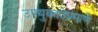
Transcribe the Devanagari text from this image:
उपयुक्ततेप्रमाणे